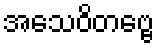
အသေဝိတဗ္ဗေ